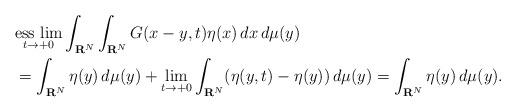
LaTeX: \begin{align*} & \underset{t\to+0}{\mbox{{\rm ess lim}}} \int_{{\bf R}^N}\int_{{\bf R}^N}G(x-y,t)\eta(x)\,dx\,d\mu(y)\\ & =\int_{{\bf R}^N}\eta(y)\,d\mu(y) +\lim_{t\to +0}\int_{{\bf R}^N}(\eta(y,t)-\eta(y))\,d\mu(y) =\int_{{\bf R}^N}\eta(y)\,d\mu(y).\end{align*}